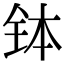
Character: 钵